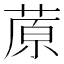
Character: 蒝